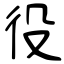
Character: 役